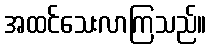
အထင်သေးလာကြသည်။